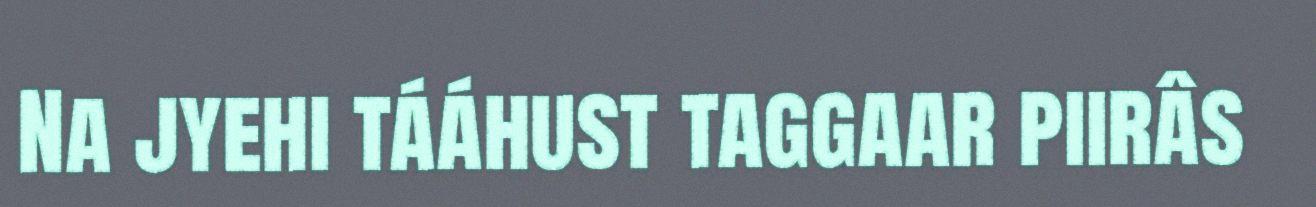
Na jyehi tááhust taggaar piirâs